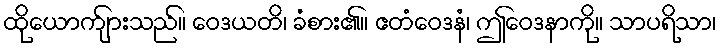
ထိုယောက်ျားသည်။ ဝေဒယတိ၊ ခံစား၏။ ဧတံဝေဒနံ၊ ဤဝေဒနာကို။ သာပရိသာ၊